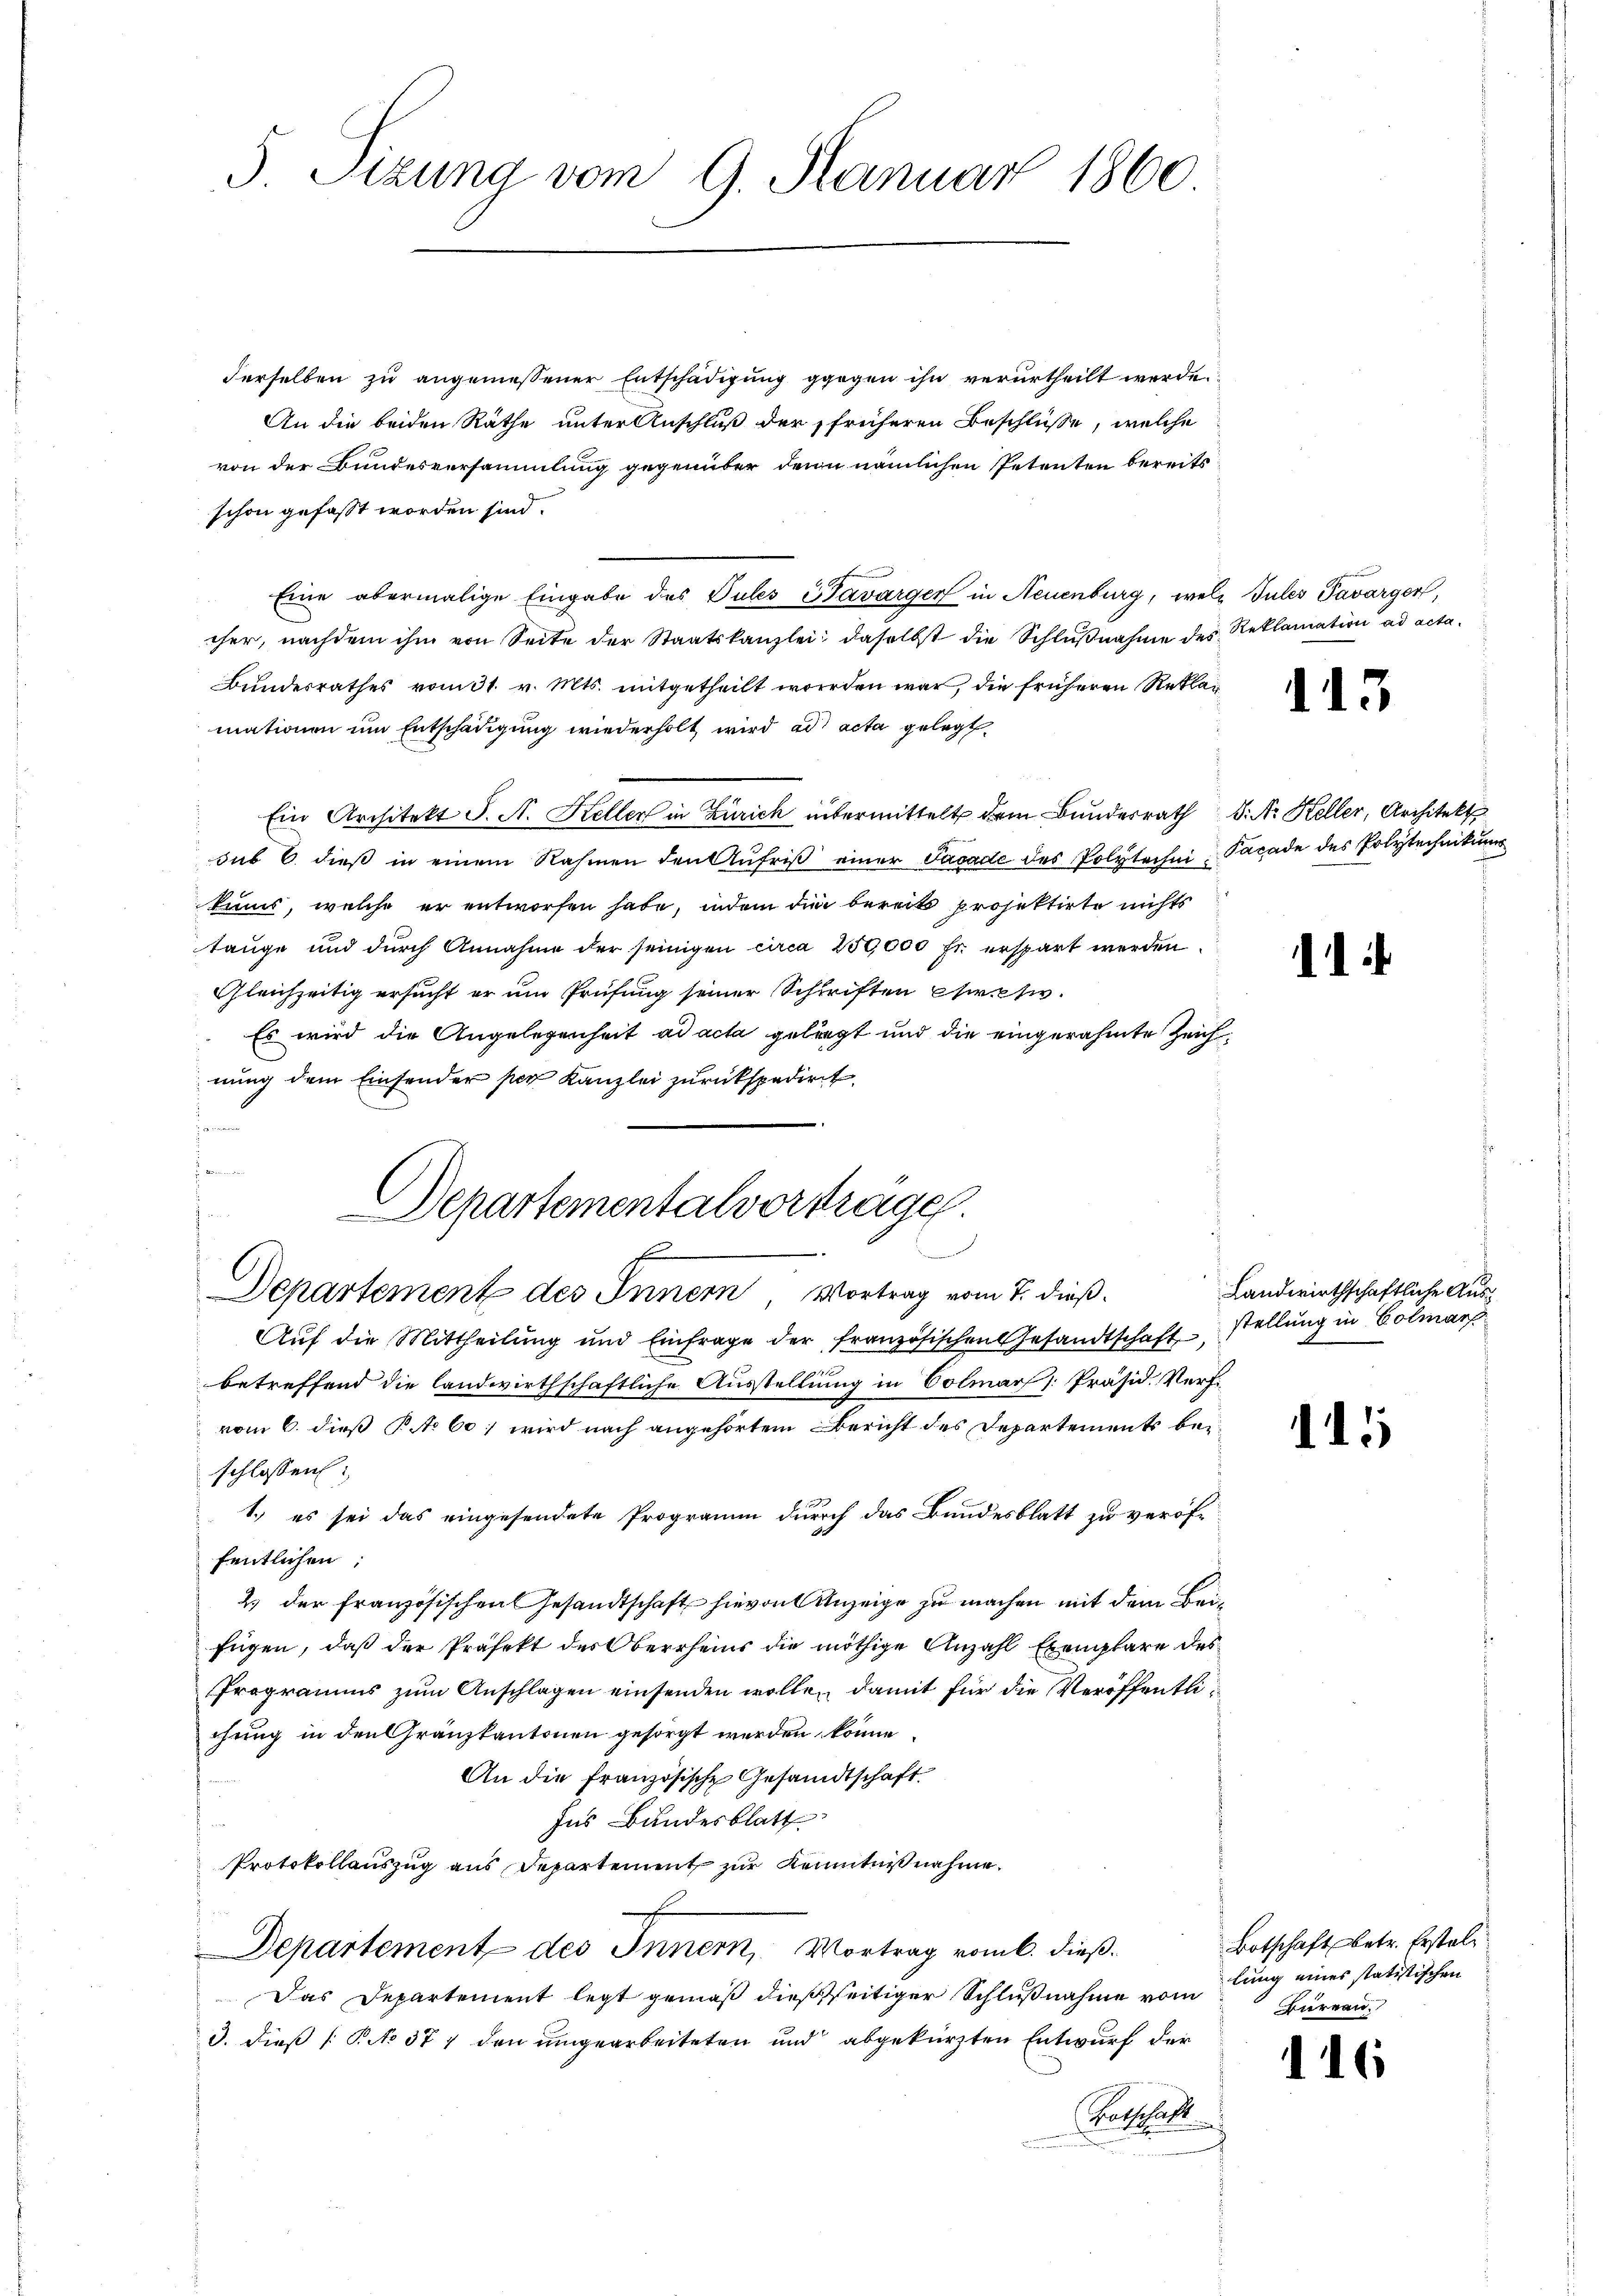
derselben zu angemessener Entschädigung gegen ihn verurtheilt werde.
An die beiden Räthe unter Anschluß der früheren Beschlüsse, welche
von der Bundesversammlung gegenüber denn nämlichen Petenten bereits
schon gefasst worden sind.
Eine abermalige Eingabe des Pules Savarger in Neuenburg, wele Jules Tavarger,
cher, nachdem ihm von Seite der Staatskanzlei, daselbst die Schlußnahme des Reklamation ad acta¬
Bundesrathes vom 31. v. Mts. mitgetheilt worden war, die früheren Reklagmationen um Entschädigung wiederholt wird ad acta gelegt.
Ein Architekt S. A. Keller in Zürich intermittelt dem Bundesrath d. M. Keller, Architekt
sub 6. dieß in einem Rahmen den Aŭfriβ einer Facade des Polytechen Facade des Polytechnikums
kums, welche er entworfen habe, indem die bereits projektirte nichts
tange und durch Annahme der seinigen circa 250,000 Fr. erspart werden
Gleichzeitig ersucht er um Prüfung seiner Schriften Pirativ¬
Es wird die Angelegenheit ad acta geliegt und die eingerahmte Zeichnung dem Einsender per Kanzlei zurückspedirt
n

5 Sitzung vom 9. Januar 1860

Departementalvertragen.
n
Departement des Innern, Vortrag vom 7. dieß¬

Aŭf die Mittheilung und Einfrage der französischen Gesandtschaft,
betreffend die landwirthschaftliche Ausstellung in Colmar (: Präsid. Verf.
vom 6. dieß Po 601 wird nach angehörtem Bericht des Departement bei
schlossen:
1.) es sei das eingesendete Programm durch das Bundesblatt zu veröffentlichen;
2. der französischen Gesandtschaft hievon Anzeige zu machen mit dem Beifügen, daß der Präfekt des Oberrheins die nöthige Anzahl Exemplare des
Programms zum Anschlagen einsenden wolle, damit für die Veröffentlichung in den Gränzkantonen gesorgt werden könne
An die französische Gesandtschaft
Ins Bundesblatt
Protokollauszug aus Departement zur Kenntnißnahme.
Departement des Innern, Vortrag vom 6. dieß.
Das Departement legt gemäß dießseitiger Schlußnahme vom
3. dieß (P.No 377 den umgearbeiteten und abgekürzten Entwurf der
Ratschaft

15

1

Landwirthschaftliche Ausstellung in Colmar

15

Botschaft betr. Erstel
lung eines statistischen
Bureau.

16